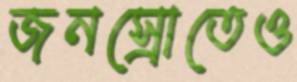
জনস্রোতেও